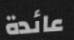
عائدة